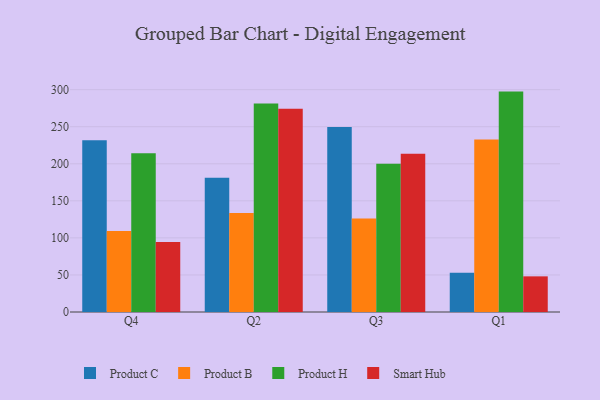
{"axis": {"x": "Quarter", "y": "Conversion Rate (%)"}, "legend": ["Product B", "Product C", "Product H", "Smart Hub"], "data": [{"x": "Q4", "y": 231.7, "type": "Product C"}, {"x": "Q4", "y": 109.3, "type": "Product B"}, {"x": "Q4", "y": 214.1, "type": "Product H"}, {"x": "Q4", "y": 94.4, "type": "Smart Hub"}, {"x": "Q2", "y": 181.0, "type": "Product C"}, {"x": "Q2", "y": 133.7, "type": "Product B"}, {"x": "Q2", "y": 281.5, "type": "Product H"}, {"x": "Q2", "y": 274.3, "type": "Smart Hub"}, {"x": "Q3", "y": 249.6, "type": "Product C"}, {"x": "Q3", "y": 126.3, "type": "Product B"}, {"x": "Q3", "y": 200.0, "type": "Product H"}, {"x": "Q3", "y": 213.6, "type": "Smart Hub"}, {"x": "Q1", "y": 52.9, "type": "Product C"}, {"x": "Q1", "y": 232.8, "type": "Product B"}, {"x": "Q1", "y": 297.4, "type": "Product H"}, {"x": "Q1", "y": 48.1, "type": "Smart Hub"}]}